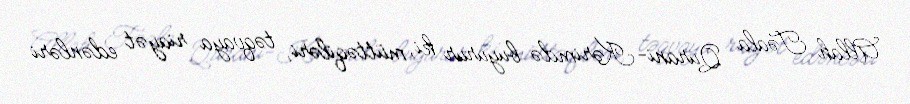
Allah Təala Qurani-Kərimdə buyurur ki, müttəqiləri, təqvaya riayət edənləri